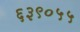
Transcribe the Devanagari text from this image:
६३९०५५